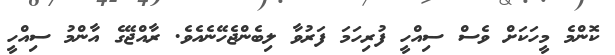
ކޮންމެ މީހަކަށް ވެސް ސިއްހީ ފުރިހަމަ ފަރުވާ ލިބެންޖެހޭނެއެވެ. ރާއްޖޭގެ އާންމު ސިއްހީ